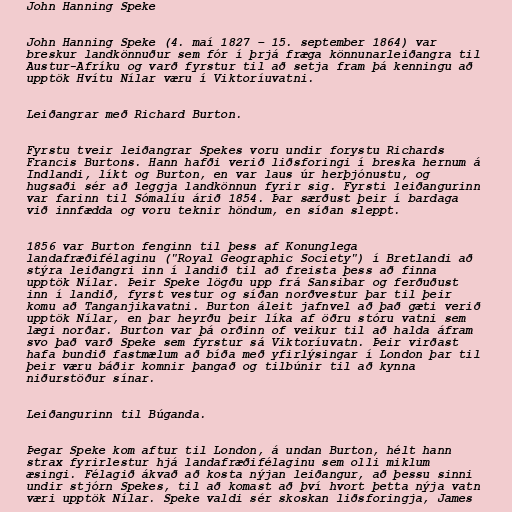
John Hanning Speke

John Hanning Speke (4. maí 1827 – 15. september 1864) var
breskur landkönnuður sem fór í þrjá fræga könnunarleiðangra til
Austur-Afríku og varð fyrstur til að setja fram þá kenningu að
upptök Hvítu Nílar væru í Viktoríuvatni.

Leiðangrar með Richard Burton.

Fyrstu tveir leiðangrar Spekes voru undir forystu Richards
Francis Burtons. Hann hafði verið liðsforingi í breska hernum á
Indlandi, líkt og Burton, en var laus úr herþjónustu, og
hugsaði sér að leggja landkönnun fyrir sig. Fyrsti leiðangurinn
var farinn til Sómalíu árið 1854. Þar særðust þeir í bardaga
við innfædda og voru teknir höndum, en síðan sleppt.

1856 var Burton fenginn til þess af Konunglega
landafræðifélaginu ("Royal Geographic Society") í Bretlandi að
stýra leiðangri inn í landið til að freista þess að finna
upptök Nílar. Þeir Speke lögðu upp frá Sansibar og ferðuðust
inn í landið, fyrst vestur og síðan norðvestur þar til þeir
komu að Tanganjikavatni. Burton áleit jafnvel að það gæti verið
upptök Nílar, en þar heyrðu þeir líka af öðru stóru vatni sem
lægi norðar. Burton var þá orðinn of veikur til að halda áfram
svo það varð Speke sem fyrstur sá Viktoríuvatn. Þeir virðast
hafa bundið fastmælum að bíða með yfirlýsingar í London þar til
þeir væru báðir komnir þangað og tilbúnir til að kynna
niðurstöður sínar.

Leiðangurinn til Búganda.

Þegar Speke kom aftur til London, á undan Burton, hélt hann
strax fyrirlestur hjá landafræðifélaginu sem olli miklum
æsingi. Félagið ákvað að kosta nýjan leiðangur, að þessu sinni
undir stjórn Spekes, til að komast að því hvort þetta nýja vatn
væri upptök Nílar. Speke valdi sér skoskan liðsforingja, James